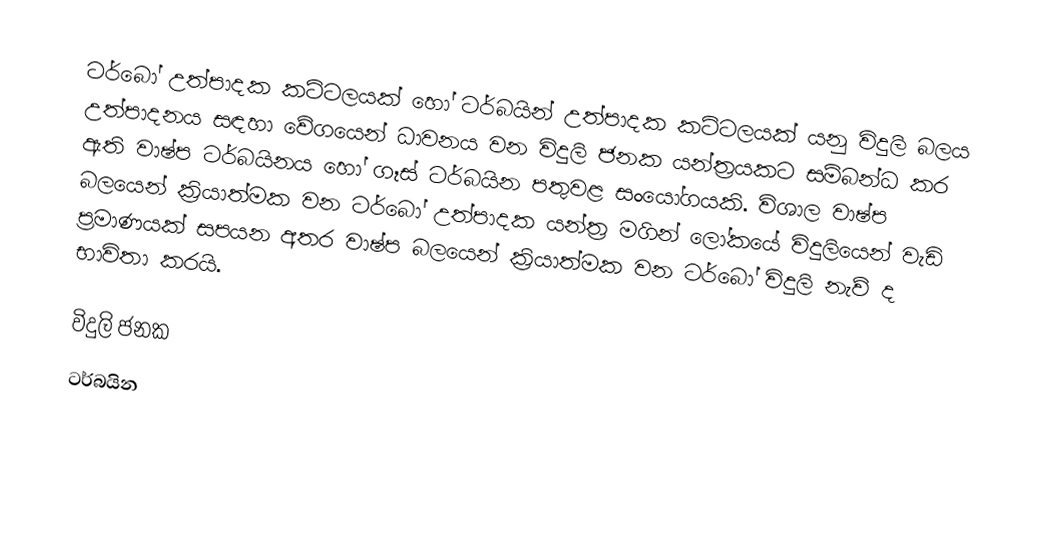
ටර්බෝ උත්පාදක කට්ටලයක් හෝ ටර්බයින් උත්පාදක කට්ටලයක් යනු විදුලි බලය උත්පාදනය සඳහා වේගයෙන් ධාවනය වන විදුලි ජනක යන්ත්‍රයකට සම්බන්ධ කර ඇති වාෂ්ප ටර්බයිනය හෝ ගෑස් ටර්බයින පතුවළ සංයෝගයකි. විශාල වාෂ්ප බලයෙන් ක්‍රියාත්මක වන ටර්බෝ උත්පාදක යන්ත්‍ර මගින් ලෝකයේ විදුලියෙන් වැඩි ප්‍රමාණයක් සපයන අතර වාෂ්ප බලයෙන් ක්‍රියාත්මක වන ටර්බෝ විදුලි නැව් ද භාවිතා කරයි.

විදුලි ජනක
ටර්බයින